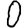
Digit: 0